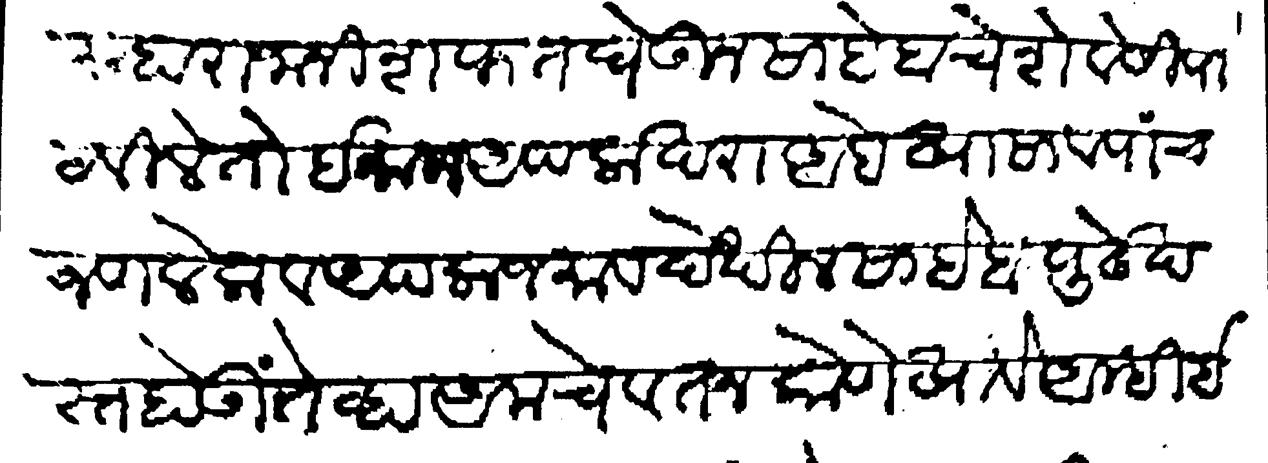
Transliteration (Devanagari): माहाराजानी शफत घेऊन साहेबाचे शेवेसी पाठविले तो ईमान आपला खरा आहे खासा व पांचजण लेक व अपला जमाव देखील साहेबापुढे खस्त होऊं तेव्हा आमचे वतन कोणे खावे आम्ही